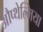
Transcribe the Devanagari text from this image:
औप्थेल्मिया